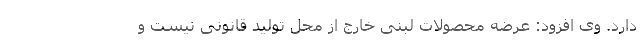
دارد. وی افزود: عرضه محصولات لبنی خارج از محل تولید قانونی نیست و